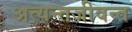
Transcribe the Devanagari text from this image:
अत्यन्तजीवन्त